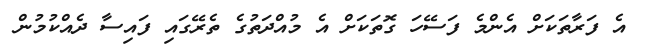
އެ ފަރާތަކަށް އެންމެ ފަސޭހަ ގޮތަކަށް އެ މުއްދަތުގެ ތެރޭގައި ފައިސާ ދެއްކުމުން